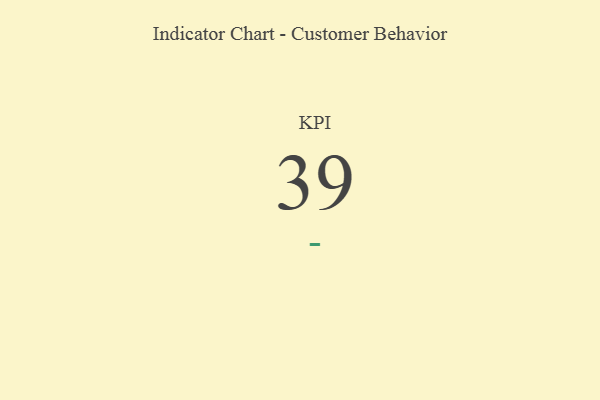
{"axis": {"x": "KPI", "y": "Value"}, "legend": [""], "data": [{"x": "KPI", "y": 39, "type": ""}]}